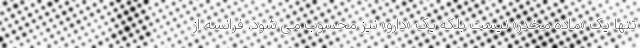
تنها یک «ماده مخدر» نیست بلکه یک «دارو» نیز محسوب می شود. فرانسه از